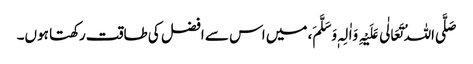
صَلَّی اللہُ تَعَالٰی عَلَیْہِ وَاٰلِہٖ وَسَلَّمَ، میں اس سے افضل کی طاقت رکھتا ہوں۔